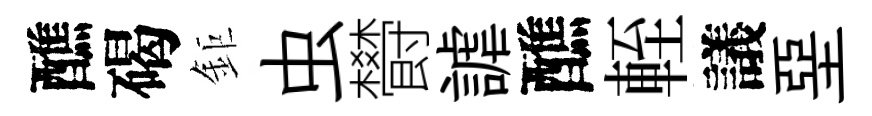
醮碣鉅虫欎謔醮輊議堊